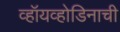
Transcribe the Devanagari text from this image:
व्हॉयव्होडिनाची